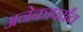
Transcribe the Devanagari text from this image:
अनेकांपर्यंत